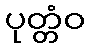
ပုတ္တံဝ